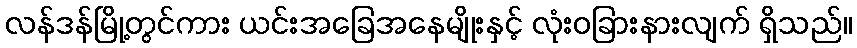
လန်ဒန်မြို့တွင်ကား ယင်းအခြေအနေမျိုးနှင့် လုံးဝခြားနားလျက် ရှိသည်။